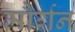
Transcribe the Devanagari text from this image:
मौर्गन